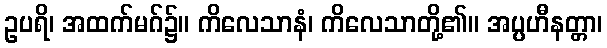
ဥပရိ၊ အထက်မဂ်၌။ ကိလေသာနံ၊ ကိလေသာတို့၏။ အပ္ပဟီနတ္တာ၊